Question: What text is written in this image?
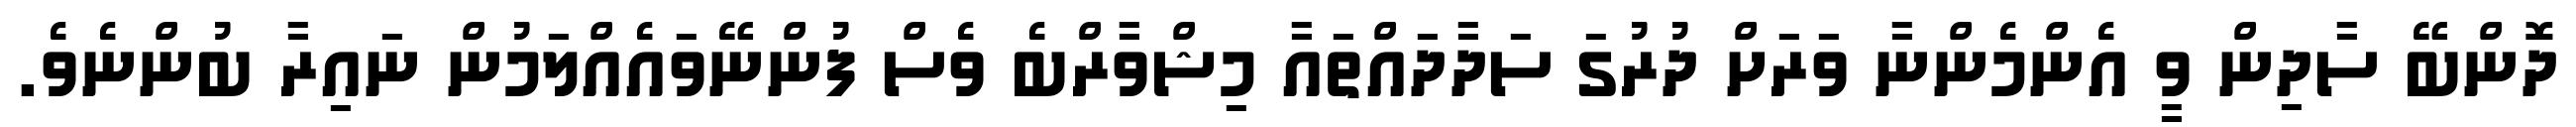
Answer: ދޮންބޭ ސާދިން ވީ އެންމެންނާ ވަރަށް ދުރުގަ ސަދާދައްތައާ މިޝްވާރްބެ ވެސް ފުންނޭވައެއްލަމުން ނައިރާ ބުންނެވެ.